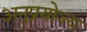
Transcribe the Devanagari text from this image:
अनुप्रयोज्य